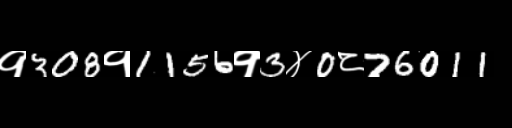
Text: १308१1156१3४0८76011